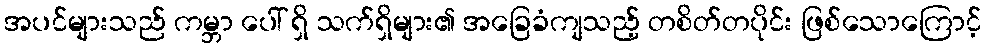
အပင်များသည် ကမ္ဘာ ပေါ် ရှိ သက်ရှိများ၏ အခြေခံကျသည့် တစိတ်တပိုင်း ဖြစ်သောကြောင့်